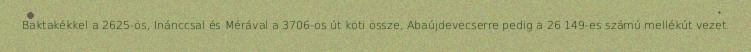
Baktakékkel a 2625-ös, Inánccsal és Mérával a 3706-os út köti össze, Abaújdevecserre pedig a 26 149-es számú mellékút vezet.